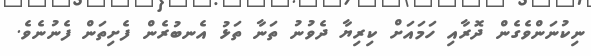
ނިކުނަންވެގެން ދޮރާއި ހަމައަށް ކިރިޔާ ދެވުނު ތަނާ ތަޅު އެނބުރެން ފެށިތަން ފެނުނެވެ.